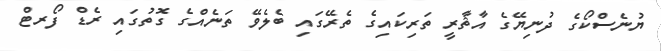
ޔުނެސްކޯގެ ދުނިޔޭގެ އާޘާރީ ތަރިކައިގެ ތެރޭގައި ބެލެވޭ ތަނެއްގެ ގޮތުގައި ރެޑް ފޯރޓް